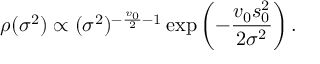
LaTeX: \rho ( \sigma ^ { 2 } ) \propto ( \sigma ^ { 2 } ) ^ { - { \frac { v _ { 0 } } { 2 } } - 1 } \exp \left( - { \frac { v _ { 0 } s _ { 0 } ^ { 2 } } { 2 \sigma ^ { 2 } } } \right) .